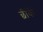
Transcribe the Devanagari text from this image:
छींकें